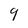
Character: 9